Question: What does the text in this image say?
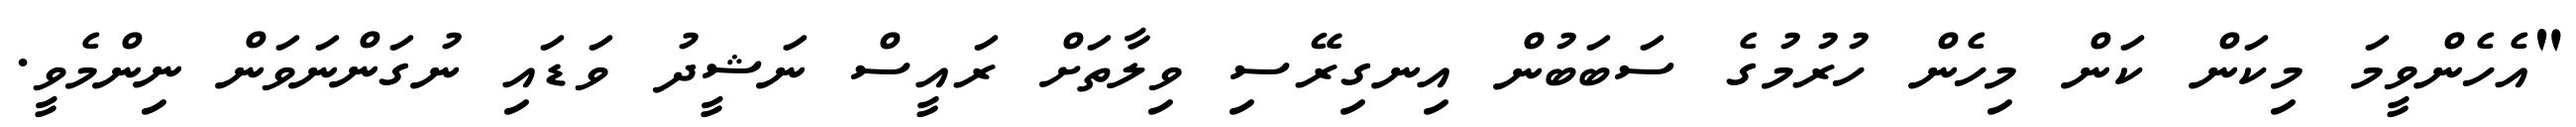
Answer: "އެހެންވީމަ މިކަން ކަން މިހެން ހުރުމުގެ ސަބަބުން އިނގިރޭސި ވިލާތަށް ރައީސް ނަޝީދު ވަޑައި ނުގަންނަވަން ނިންމެވީ.